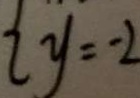
y = - 2